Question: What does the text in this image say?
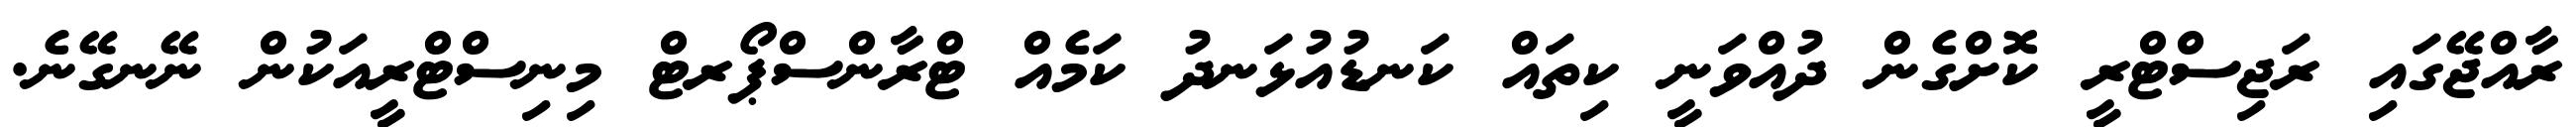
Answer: ރާއްޖޭގައި ރަޖިސްޓްރީ ކޮށްގެން ދުއްވަނީ ކިތައް ކަނޑުއުޅަނދު ކަމެއް ޓްރާންސްޕޯރޓް މިނިސްޓްރީއަކުން ނޭނގޭނެ.